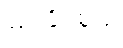
မြင်နိုင်စွမ်း